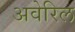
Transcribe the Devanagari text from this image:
अवेरिल